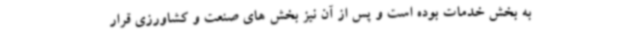
به بخش خدمات بوده است و پس از آن نیز بخش های صنعت و کشاورزی قرار